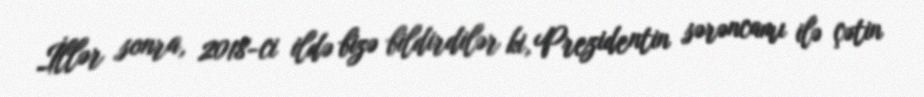
İllər sonra, 2018-ci ildə bizə bildirdilər ki, Prezidentin sərəncamı ilə çətin